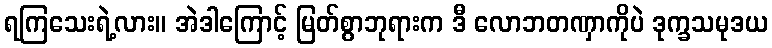
ရကြသေးရဲ့လား။ အဲဒါကြောင့် မြတ်စွာဘုရားက ဒီ လောဘတဏှာကိုပဲ ဒုက္ခသမုဒယ